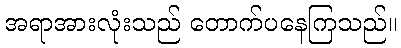
အရာအားလုံးသည် တောက်ပနေကြသည်။